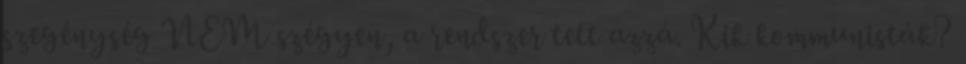
szegénység NEM szégyen, a rendszer tett azzá. Kik kommunisták?